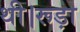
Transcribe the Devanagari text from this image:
थी।रूड़ा